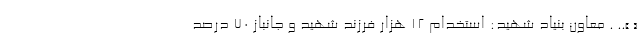
« ».. . معاون بنیاد شهید: استخدام ۱۲ هزار فرزند شهید و جانباز ۷۰ درصد